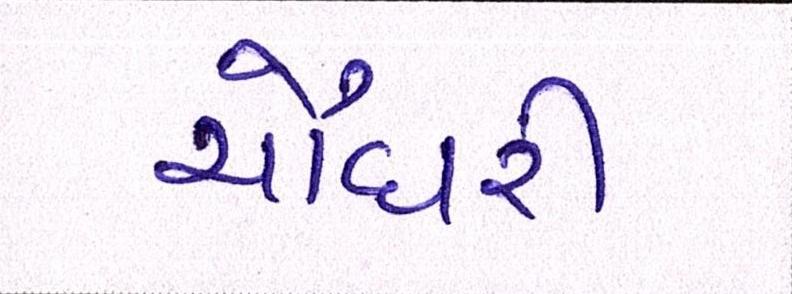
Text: ચૌધરી